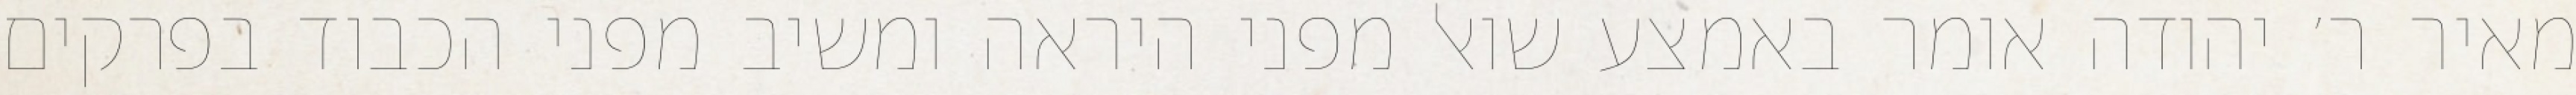
מאיר ר׳ יהודה אומר באמצע שואל מפני היראה ומשיב מפני הכבוד בפרקים